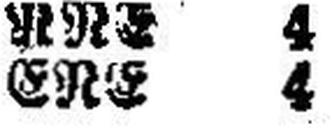
ERE 4